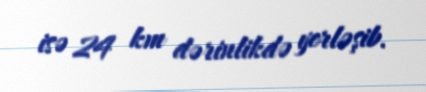
isə 24 km dərinlikdə yerləşib.